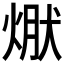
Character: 𭵃